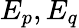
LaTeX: E_{p},E_{q}